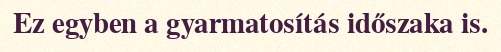
Ez egyben a gyarmatosítás időszaka is.